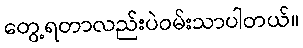
တွေ့ရတာလည်းပဲဝမ်းသာပါတယ်။